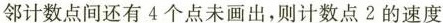
邻计数点间还有4个点未画出，则计数点2的速度